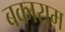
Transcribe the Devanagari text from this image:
बकाराम